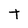
Character: t